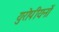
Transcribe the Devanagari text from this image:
युरोपीयनों